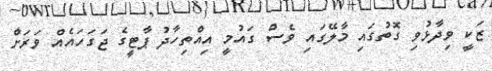
ޒަކީ ވިދާޅުވި ގޮތުގައި މާލޭގައި ވެސް ގައުމީ އިއްތިހާދު ޕާޓީގެ ޖަގަހައެއް ވަރަށް